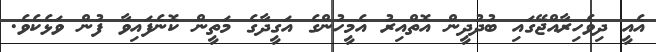
އެއީ ދިވެހިރާއްޖޭގައި ބުދުދީން އޮތްއިރު އެމީހުންގެ އަގީދާގެ މަތީން ކޮނެފައިވާ ފުން ވަޅެކެވެ.